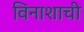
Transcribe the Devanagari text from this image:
विनाशाची